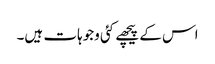
اس کے پیچھے کئی وجوہات ہیں۔